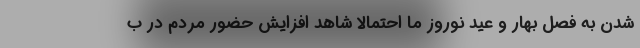
شدن به فصل بهار و عید نوروز ما احتمالا شاهد افزایش حضور مردم در ب